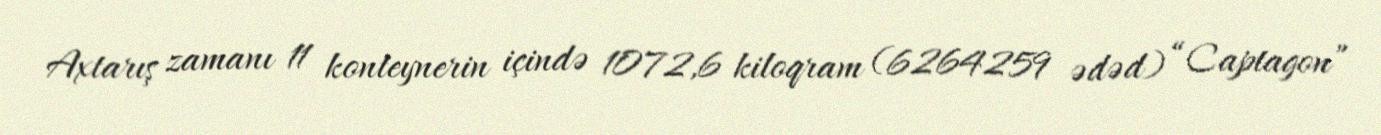
Axtarış zamanı 11 konteynerin içində 1072,6 kiloqram (6264259 ədəd) “Captagon”